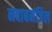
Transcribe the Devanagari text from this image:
नवाबमंजिल